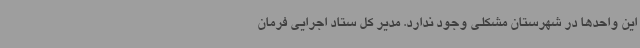
این واحدها در شهرستان مشکلی وجود ندارد. مدیر کل ستاد اجرایی فرمان